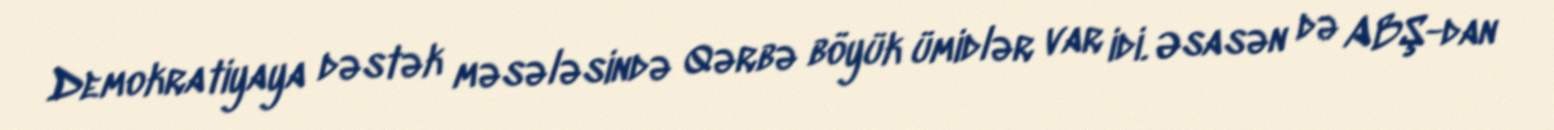
Demokratiyaya dəstək məsələsində Qərbə böyük ümidlər var idi. Əsasən də ABŞ-dan